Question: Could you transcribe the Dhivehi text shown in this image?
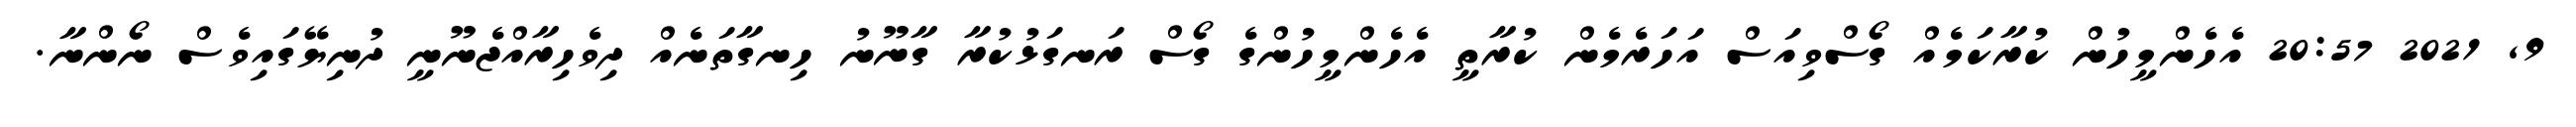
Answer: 9, 2021 20:57 އެހެންމީހުން ކުރާކަމެއް ގޯސްވިއަސް އަހަރެމެން ކުރާތީ އެހެންމީހުންގެ ގޯސް ރަނގަޅުކުރާ ގާނޫނު ހިނގާތަނެއް ދިވެހިރާއްޖެނޫނީ ދުނިޔޭގައިވެސް ނޯންނާ.